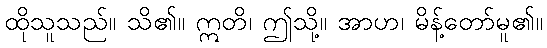
ထိုသူသည်။ သိ၏။ ဣတိ၊ ဤသို့။ အာဟ၊ မိန့်တော်မူ၏။